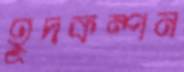
হূদকম্পন